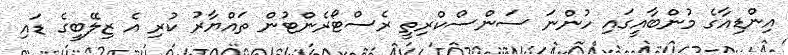
އިންޑިއާގެ މުންބާއީގައި ހުންނަ ސަންސްކްރިތީ ރެސްޓޯރެންޓުން ތައްޔާރު ކުރި އެ ޒިލޭބީގެ ޑައި